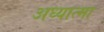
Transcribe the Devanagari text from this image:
अध्यात्मा